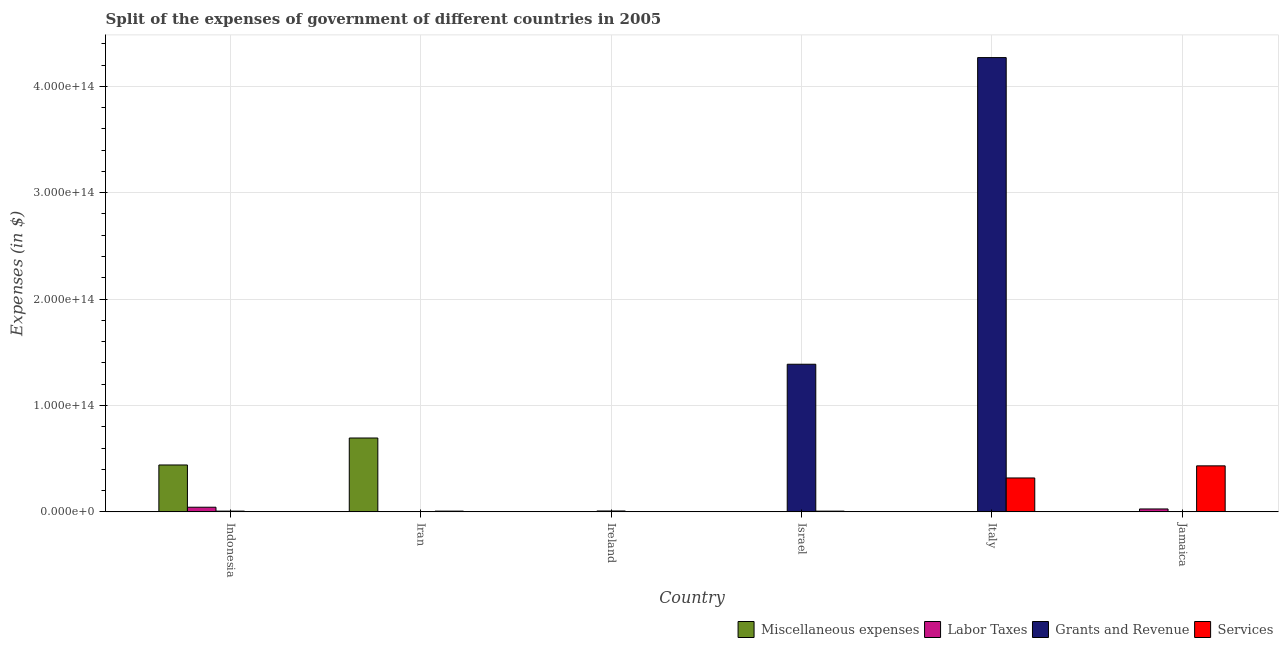
| Country | Miscellaneous expenses | Labor Taxes | Grants and Revenue | Services |
 | --- | --- | --- | --- | --- |
 | Indonesia | 4.41e+13 | 4.36e+12 | 7.14e+11 | 4.87e+10 |
 | Iran | 6.94e+13 | 2.83e+09 | 4.34e+10 | 7.18e+11 |
 | Ireland | 7.97e+08 | 1.44e+10 | 8.41e+11 | 7.61e+10 |
 | Israel | 2.11e+10 | 2.44e+10 | 1.39e+14 | 6.98e+11 |
 | Italy | 3.03e+10 | 2.14e+10 | 4.27e+14 | 3.19e+13 |
 | Jamaica | 6.43e+10 | 2.73e+12 | 4.33e+10 | 4.33e+13 |